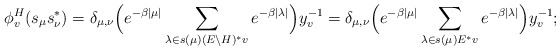
\begin{align*}\phi_v^H(s_\mu s^*_\nu) = \delta_{\mu,\nu}\Big(e^{-\beta|\mu|}\sum_{\lambda\in s(\mu)(E\backslash H)^*v}e^{-\beta|\lambda|}\Big)y_v^{-1}=\delta_{\mu,\nu} \Big(e^{-\beta|\mu|}\sum_{\lambda\in s(\mu)E^*v}e^{-\beta|\lambda|}\Big)y_v^{-1};\end{align*}